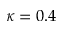
\kappa = 0 . 4